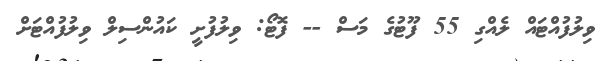
ވިލުފުއްޓައް ލެއްގި 55 ފޫޓުގެ މަސް -- ފޮޓޯ: ވިލުފުށީ ކައުންސިލް ވިލުފުއްޓަށް